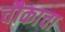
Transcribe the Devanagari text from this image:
चौकाचा